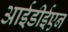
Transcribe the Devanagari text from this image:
आईडीईएन